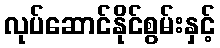
လုပ်ဆောင်နိုင်စွမ်းနှင့်